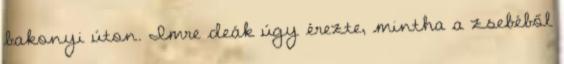
bakonyi úton. Imre deák úgy érezte, mintha a zsebéből